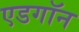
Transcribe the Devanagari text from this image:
एडगॉन